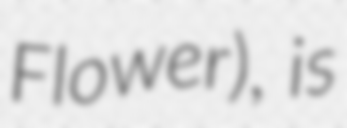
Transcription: Flower), is